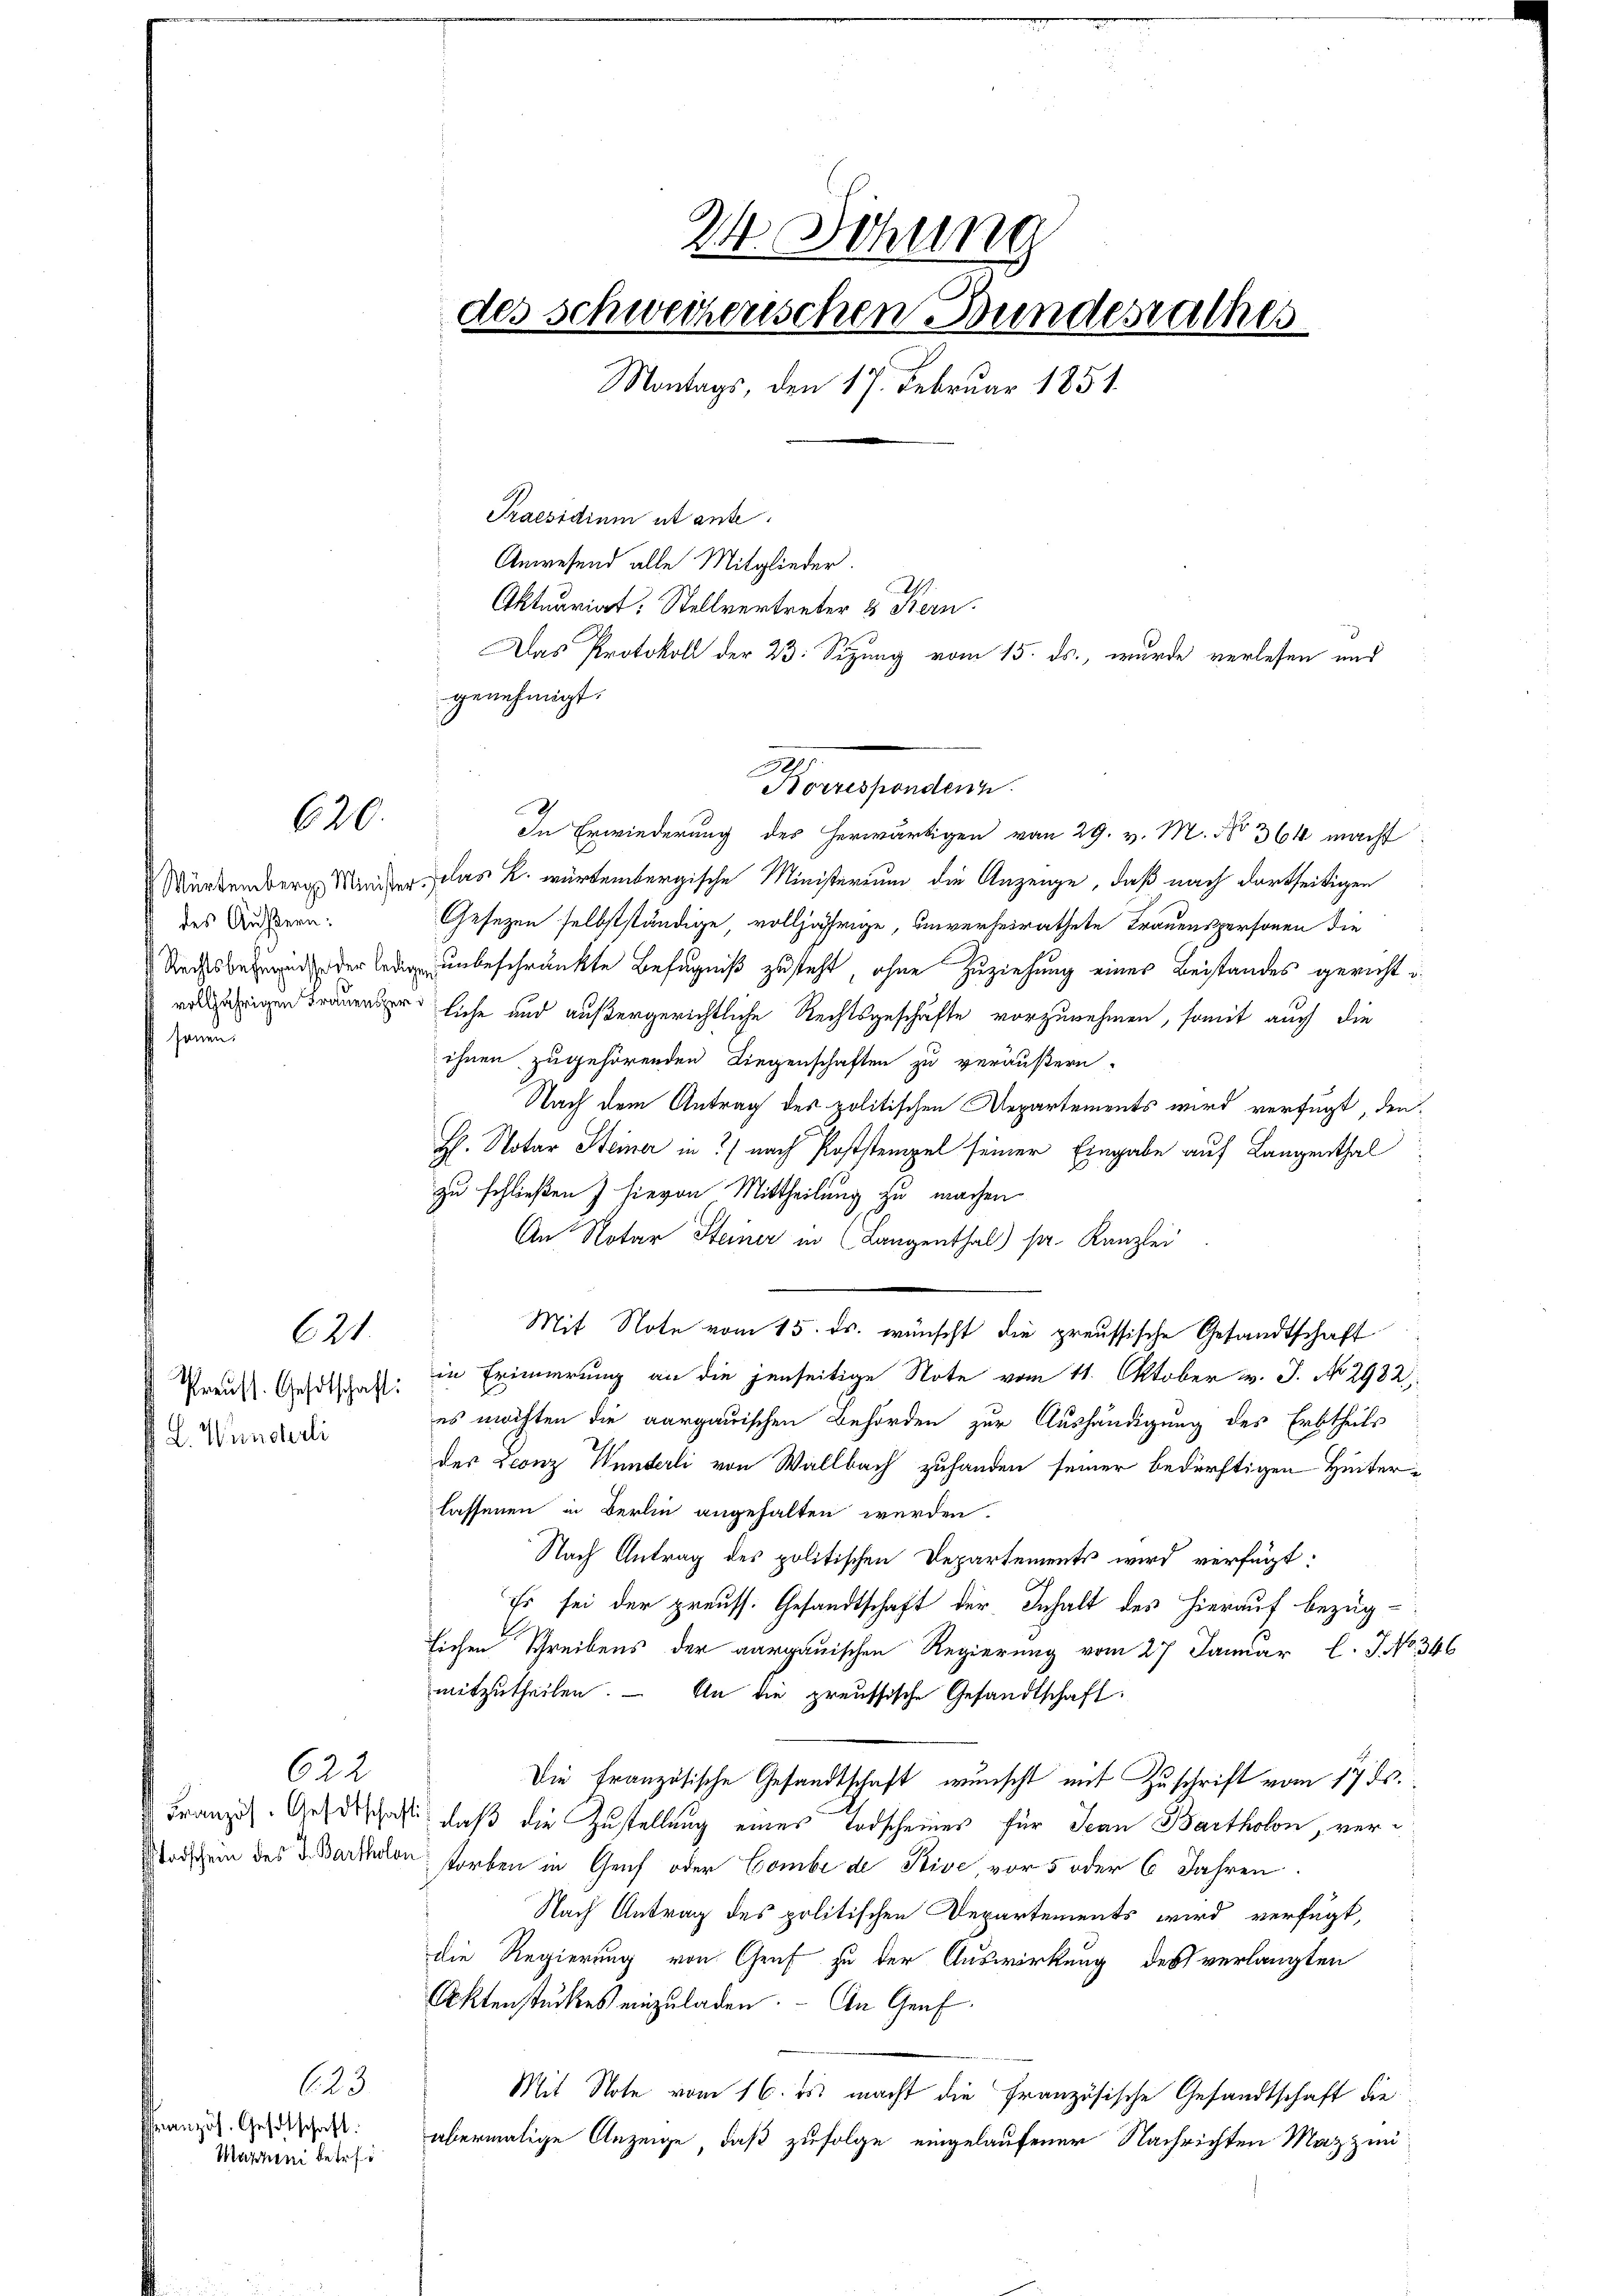
des Äußern.
Rechtsbefugnisse der ledige
senen

620.

Preuss. Gesotschaft:
L. Wunderli

621.

622
stodschem des J. Bartholon

623
anzös. Gesetschaft:
Martini betrei¬

24. Sitzung
des schweizerischen Bundesrathes
Montags, den 17. Februar 1851.

Praesidium et anse
Anwesend alle Mitglieder.
Aktuariat, Stellvertreter & Bern.
genehmigt.
In Erwiederung des herwärtigen von 29. v. M. No 364 macht
Mürkender Minder, das k. würtembergische Ministerium die Anzeige, daß nach dortseitigen
Gesetzen selbstständige, volljährige, unverheirathete Trauenspersonen die
unbeschränkte Befugniß zusteht, ohne Zuziehung eines Beistandes gericht
eliche und außergerichtliche Rechtsgeschäfte vorzunehmen, somit auch die
ihnen zugehörenden Liegenschaften zu veräußern.
Nach dem Antrag des politischen Repartements wird verfügt, den
H. Notar Steiner in nach Poststempel seiner Eingabe auf Langenthal
zu schließen hievon Mittheilung zu machen
An Notar Steiner in (Langenthal) sr. Kanzlei
Mit Note vom 15. ds. wünscht die preussische Gesandtschaft
in Erinnerung an die jenseitige Note vom 11. Oktober v. J. No. 2982
es möchten die aargauischen Behörden zur Aushändigung des Erbtheils
der Leonz Wunderli von Wallbach zuhanden seiner bedürftigen Hinterlassenen in Berlin angehalten werden.
Nach Antrag des politischen Departements wird verfügt:
Es sei der preuss. Gesandtschaft der Inhalt des hierauf bezüg-
lichen Schreibens der aargauischen Regierung vom 27. Januar l. J. No 346
mitzutheilen. – An die preussische Gesandtschaft.
Die Französische Gesandtschaft wunscht mit Zuschrift vom 17. ds.
Französ. Geselschaft, daß die Zustellung eines Todscheines für Jean Bartholon, verstorben in Genf oder Combe de Stive vor 5 oder 6 Jahren.
Nach Antrag des politischen Departements wird verfügt,
die Regierung von Genf zu der Auswirkung des verlangten
Aktenstückes einzuladen. - An Genf
Mit Note vom 16. ds. macht die Französische Gesandtschaft die
abermalige Anzeige, daß zufolge eingelaufener Nachrichten Mazzin¬

Korrespondern.

h
Das Protokoll der 23. Sizung vom 15. ds., wurde verlesen und